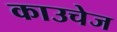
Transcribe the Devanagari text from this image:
काउचेज